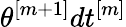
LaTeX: \theta^{[m+1]}dt^{[m]}